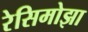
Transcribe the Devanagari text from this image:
रेसिमोझा